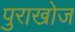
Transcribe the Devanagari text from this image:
पुराखोज